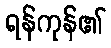
ရန်ကုန်၏